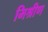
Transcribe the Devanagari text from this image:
मिश्रीण